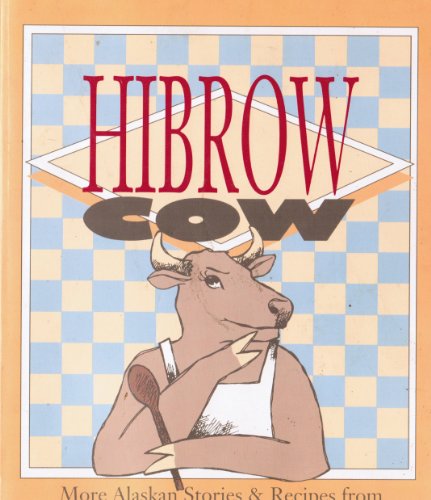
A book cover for Hibrow Cow: More Alaskan Stories and Recipes; Gordon R Nelson; Cookbooks, Food & Wine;